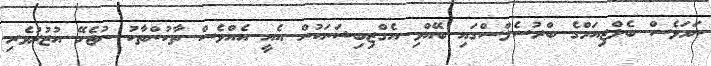
ނަމަވެސް ބެލްޖިއަމްގެ ބްރުސެލްސްގައި ބޭއްވި އެގްޒިބިޝަނަކުން އެއީ އެއްވެސް ތާކުންތާކު ނުޖެހޭ އުޒުރުވެރި